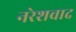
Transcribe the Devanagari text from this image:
नरेशवाद